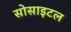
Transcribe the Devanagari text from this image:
सोसाइटल